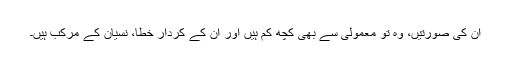
ان کی صورتیں، وہ تو معمولی سے بھی کچھ کم ہیں اور ان کے کردار خطا، نسیان کے مرکب ہیں۔